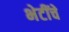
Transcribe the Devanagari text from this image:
भेटींचे